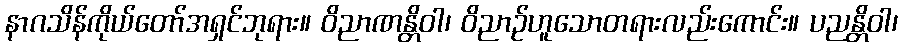
နာဂသိန်ကိုယ်တော်အရှင်ဘုရား။ ဝိညာဏန္တိဝါ၊ ဝိညာဉ်ဟူသောတရားလည်းကောင်း။ ပညန္တိဝါ၊